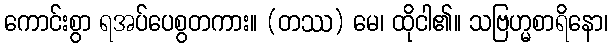
ကောင်းစွာ ရအပ်ပေစွတကား။ (တဿ) မေ၊ ထိုငါ၏။ သဗြဟ္မစာရိနော၊